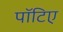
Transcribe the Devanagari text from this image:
पॉटिए